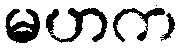
မဟက